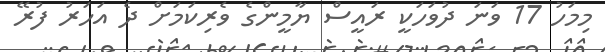
މިމަހު 17 ވަނަ ދުވަހަކީ ރައީސް ޔާމީންގެ ވެރިކަމަށް ދެ އަހަރު ފުރޭ